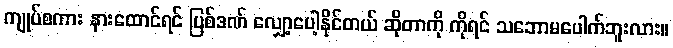
ကျုပ်စကား နားထောင်ရင် ပြစ်ဒဏ် လျှော့ပေါ့နိုင်တယ် ဆိုတာကို ကိုရင် သဘောမပေါက်ဘူးလား။